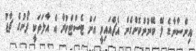
އިންސާނާގެ ލޭ ބޭނުންކޮށްގެން އެޗްއައިވީ އަށް ޓެސްޓްކުރާ އެ އާލަތަކީ ފޯނުގެ ޗާޖު